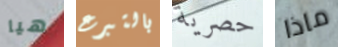
هيا بالتبرع حصرية ماذا